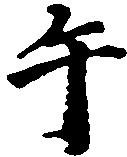
午